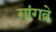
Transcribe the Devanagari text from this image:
गांगवे